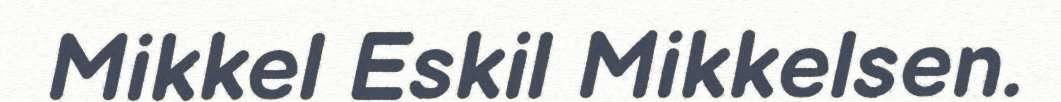
Mikkel Eskil Mikkelsen.